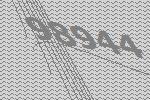
98944